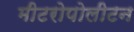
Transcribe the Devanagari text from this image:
मीटरोपोलीटन